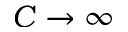
C \to \infty